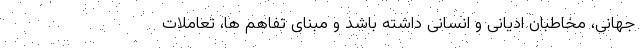
جهانی، مخاطبان ادیانی و انسانی داشته باشد و مبنای تفاهم ها، تعاملات